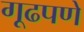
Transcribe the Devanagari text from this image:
गूढपणे